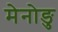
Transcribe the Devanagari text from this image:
मेनोङु